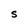
Character: S